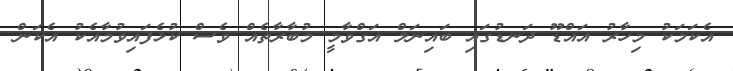
އެކަމަކު މިހާރު އައްޑޫ ދަނޑުގައި ބައިނަލް އަގްވާމީ މުބާރާތެއް ވެސް ކުޅެފައިވުމާއެކު އެކަން